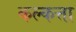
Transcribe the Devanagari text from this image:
कल्कत्ता